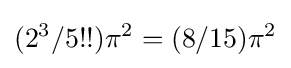
(2^{3}/5!!)\pi ^{2}=(8/15)\pi ^{2}